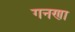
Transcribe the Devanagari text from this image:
गनणा